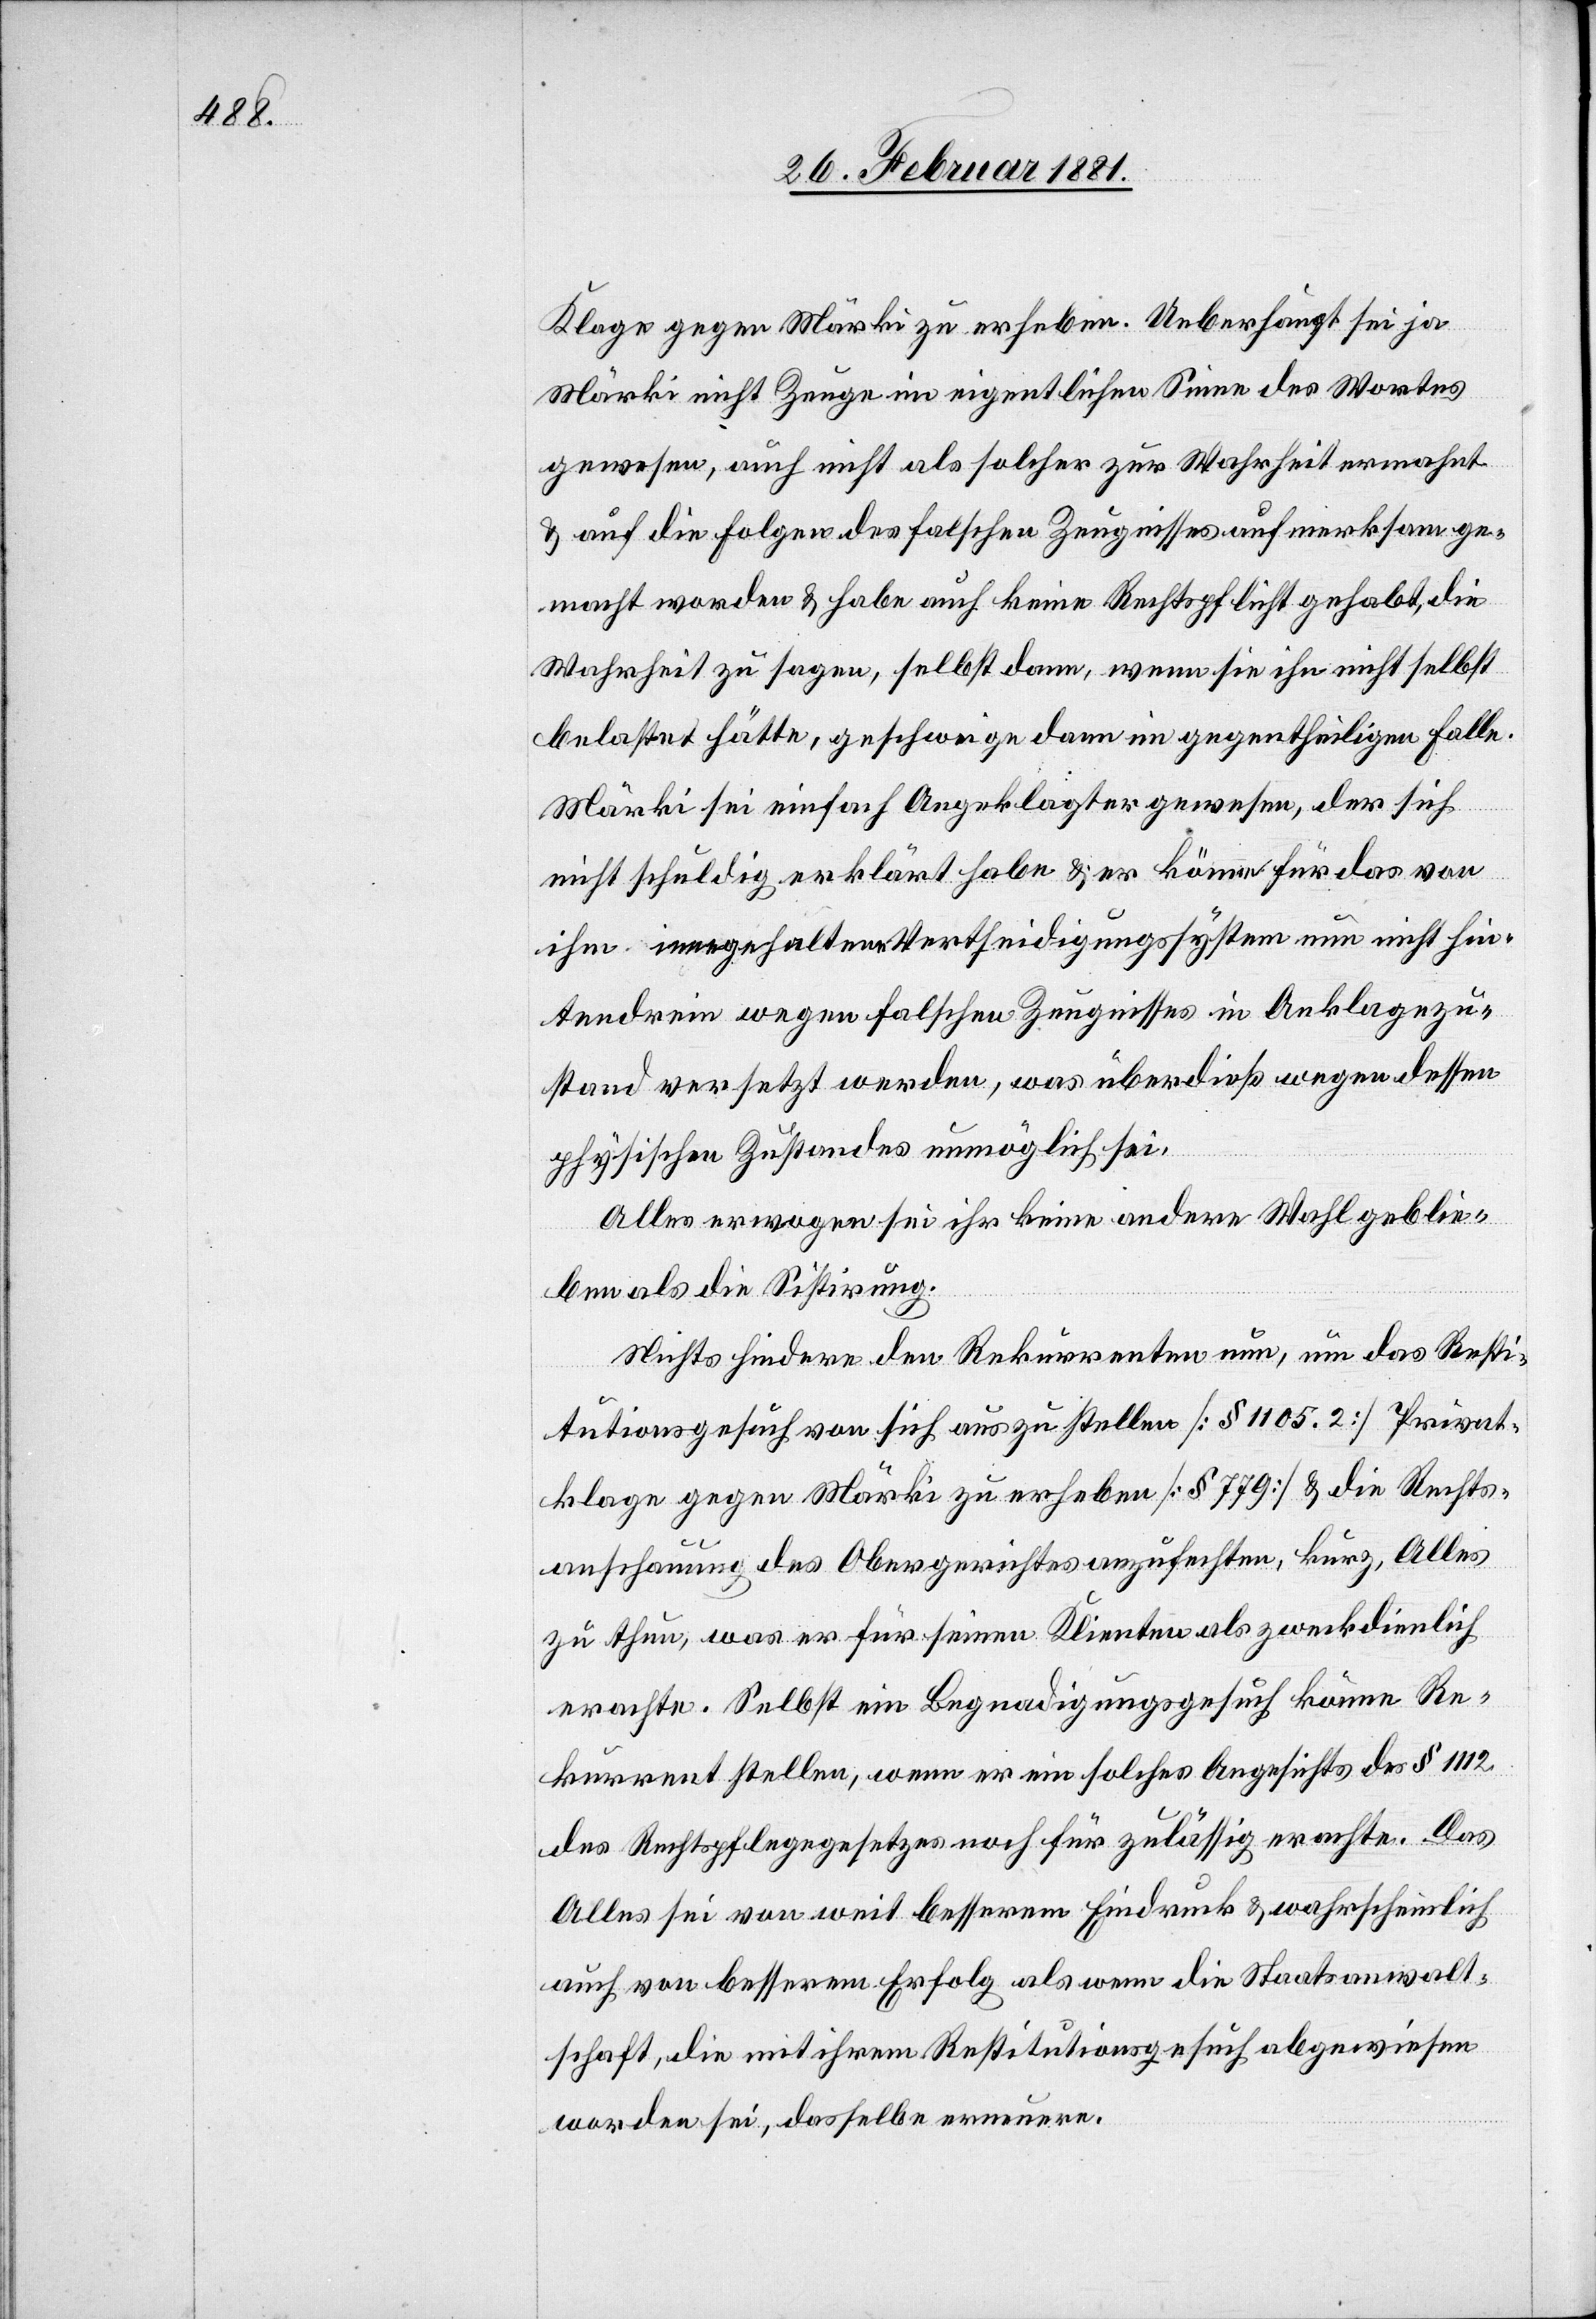
Klage gegen Märki zu erheben. Ueberhaupt sei ja
Märki nicht Zeuge im eigentlichen Sinne des Wortes
gewesen, auch nicht als solcher zur Wahrheit ermahnt
& auf die Folgen des falschen Zeugnisses aufmerksam ge¬
macht worden & habe auch keine Rechtspflicht gehabt, die
Wahrheit zu sagen, selbst dann, wenn sie ihn nicht selbst
belastet hätte, geschweige dann im gegentheiligen Falle.
Märki sei einfach Angeklagter gewesen, der sich
nicht schuldig erklärt habe & er könne für das von
ihm innegehaltene Vertheidigungssystem nun nicht hin¬
tendrein wegen falschen Zeugnisses in Anklagezu¬
stand versetzt werden, was überdieß wegen dessen
physischen Zustandes unmöglich sei.
Alles erwogen sei ihr keine andere Wahl geblie¬
ben als die Sistirung.
Nichts hindere den Rekurrenten nun, um das Resti¬
tutionsgesuch von sich aus zu stellen [§ 1105.2] Privat¬
klage gegen Märki zu erheben [§ 779] & die Rechts¬
anschauung des Obergerichtes anzufechten, kurz, Alles
zu thun, was er für seinen Klienten als zweckdienlich
erachte. Selbst ein Begnadigungsgesuch könne Re¬
kurrent stellen, wenn er ein solches Angesichts des § 1112
des Rechtsgesetzes noch für zulässig erachte. Das
Alles sei von weit besserem Eindruck & wahrscheinlich
auch von besserem Erfolg als wenn die Staatsanwalt¬
schaft, die mit ihrem Restitutionsgesuch abgewiesen
worden sei, dasselbe erneuere.